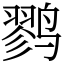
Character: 鹨